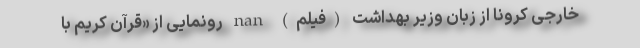
خارجی کرونا از زبان وزیر بهداشت (فیلم) nan رونمایی از «قرآن کریم با